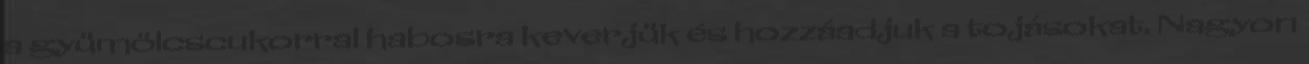
a gyümölcscukorral habosra keverjük és hozzáadjuk a tojásokat. Nagyon